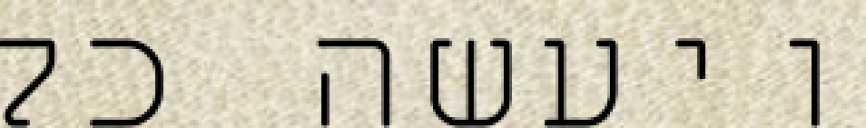
ויעשה כל